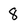
Character: 8